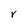
Character: r